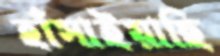
হাঁসাইয়াছি